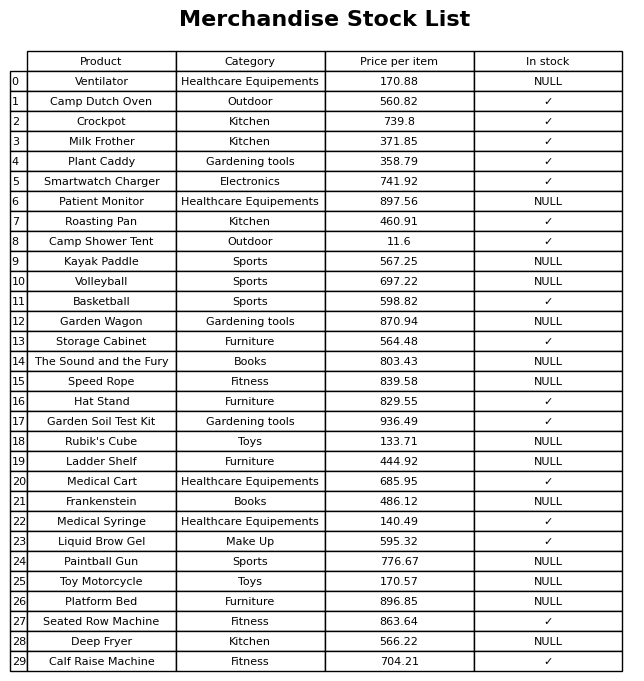
question: What is the price for Storage Cabinet?
answer: The price of Storage Cabinet is 564.48.